Scottish Leaving Certificate Examination, 1960
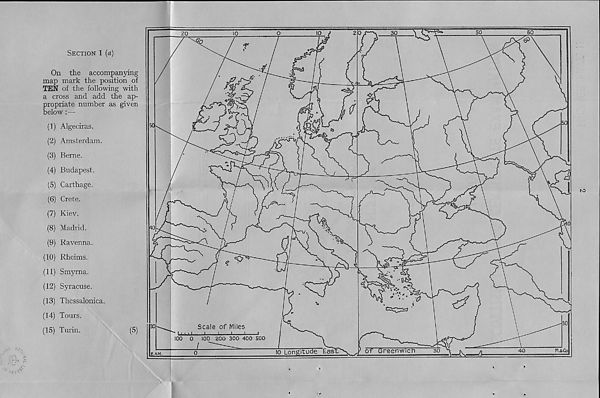
Section 1 («)
On the accompanying
map mark the position of
TEN of the following with
a cross and add the ap-
propriate number as given
below : —
(1) Algeciras.
(2) Amsterdam.
(3) Berne.
(4) Budapest.
(5) Carthage.
(6) Crete.
(7) Kiev.
(8) Madrid.
(9) Ravenna.
(10) Rheims.
(11) Smyrna.
(12) Syracuse.
(13) Thessalonica.
(14) Tours.
(15) Turin.
(5)